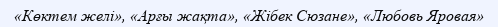
«Көктем желі», «Арғы жақта», «Жібек Сюзане», «Любовь Яровая»